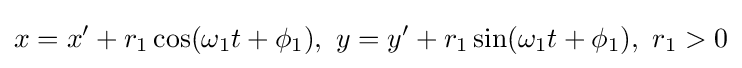
x=x'+r_{1}\cos(\omega _{1}t+\phi _{1}),\ y=y'+r_{1}\sin(\omega _{1}t+\phi _{1}),\ r_{1}>0